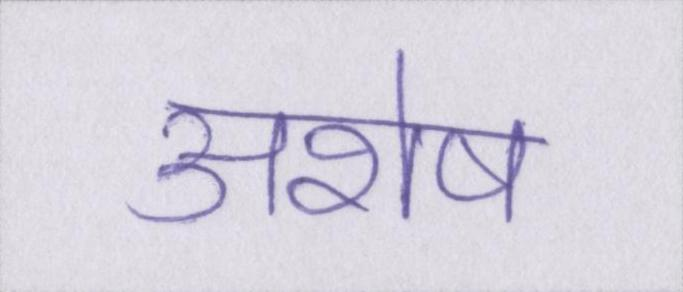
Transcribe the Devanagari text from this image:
अशेष